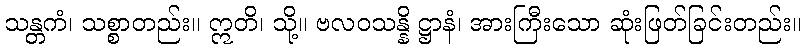
သန္တကံ၊ သစ္စာတည်း။ ဣတိ၊ သို့။ ဗလဝသန္နိ ဋ္ဌာနံ၊ အားကြီးသော ဆုံးဖြတ်ခြင်းတည်း။